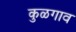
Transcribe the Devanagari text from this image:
कुळगाव